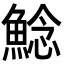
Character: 鯰